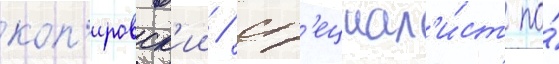
коп'ировск'ии / сп'ециал'и́ст по́